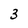
Character: 3